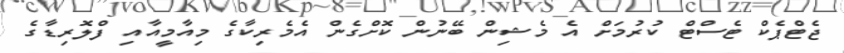
ޖެޓްޕެކް ޓެސްޓް ކުރުމަށް އެ މެޝިން ބޭނުން ކޮށްގެން އެމެރިކާގެ މިއާމީއާއި ފްލޮރިޑާގެ